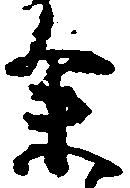
余